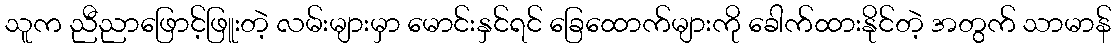
သူက ညီညာဖြောင့်ဖြူးတဲ့ လမ်းများမှာ မောင်းနှင်ရင် ခြေထောက်များကို ခေါက်ထားနိုင်တဲ့ အတွက် သာမာန်